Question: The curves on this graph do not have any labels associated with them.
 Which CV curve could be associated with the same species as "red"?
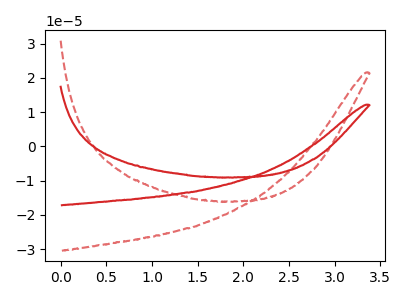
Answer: <think>The red curve "red" has no peaks. The red dashed curve "red dashed" has no peaks.
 Neither "red" or "red dashed" have any peaks.</think>
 <answer>The CV with the most similar shape to "red dashed" is "red".</answer>
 <eval>"red"</eval>